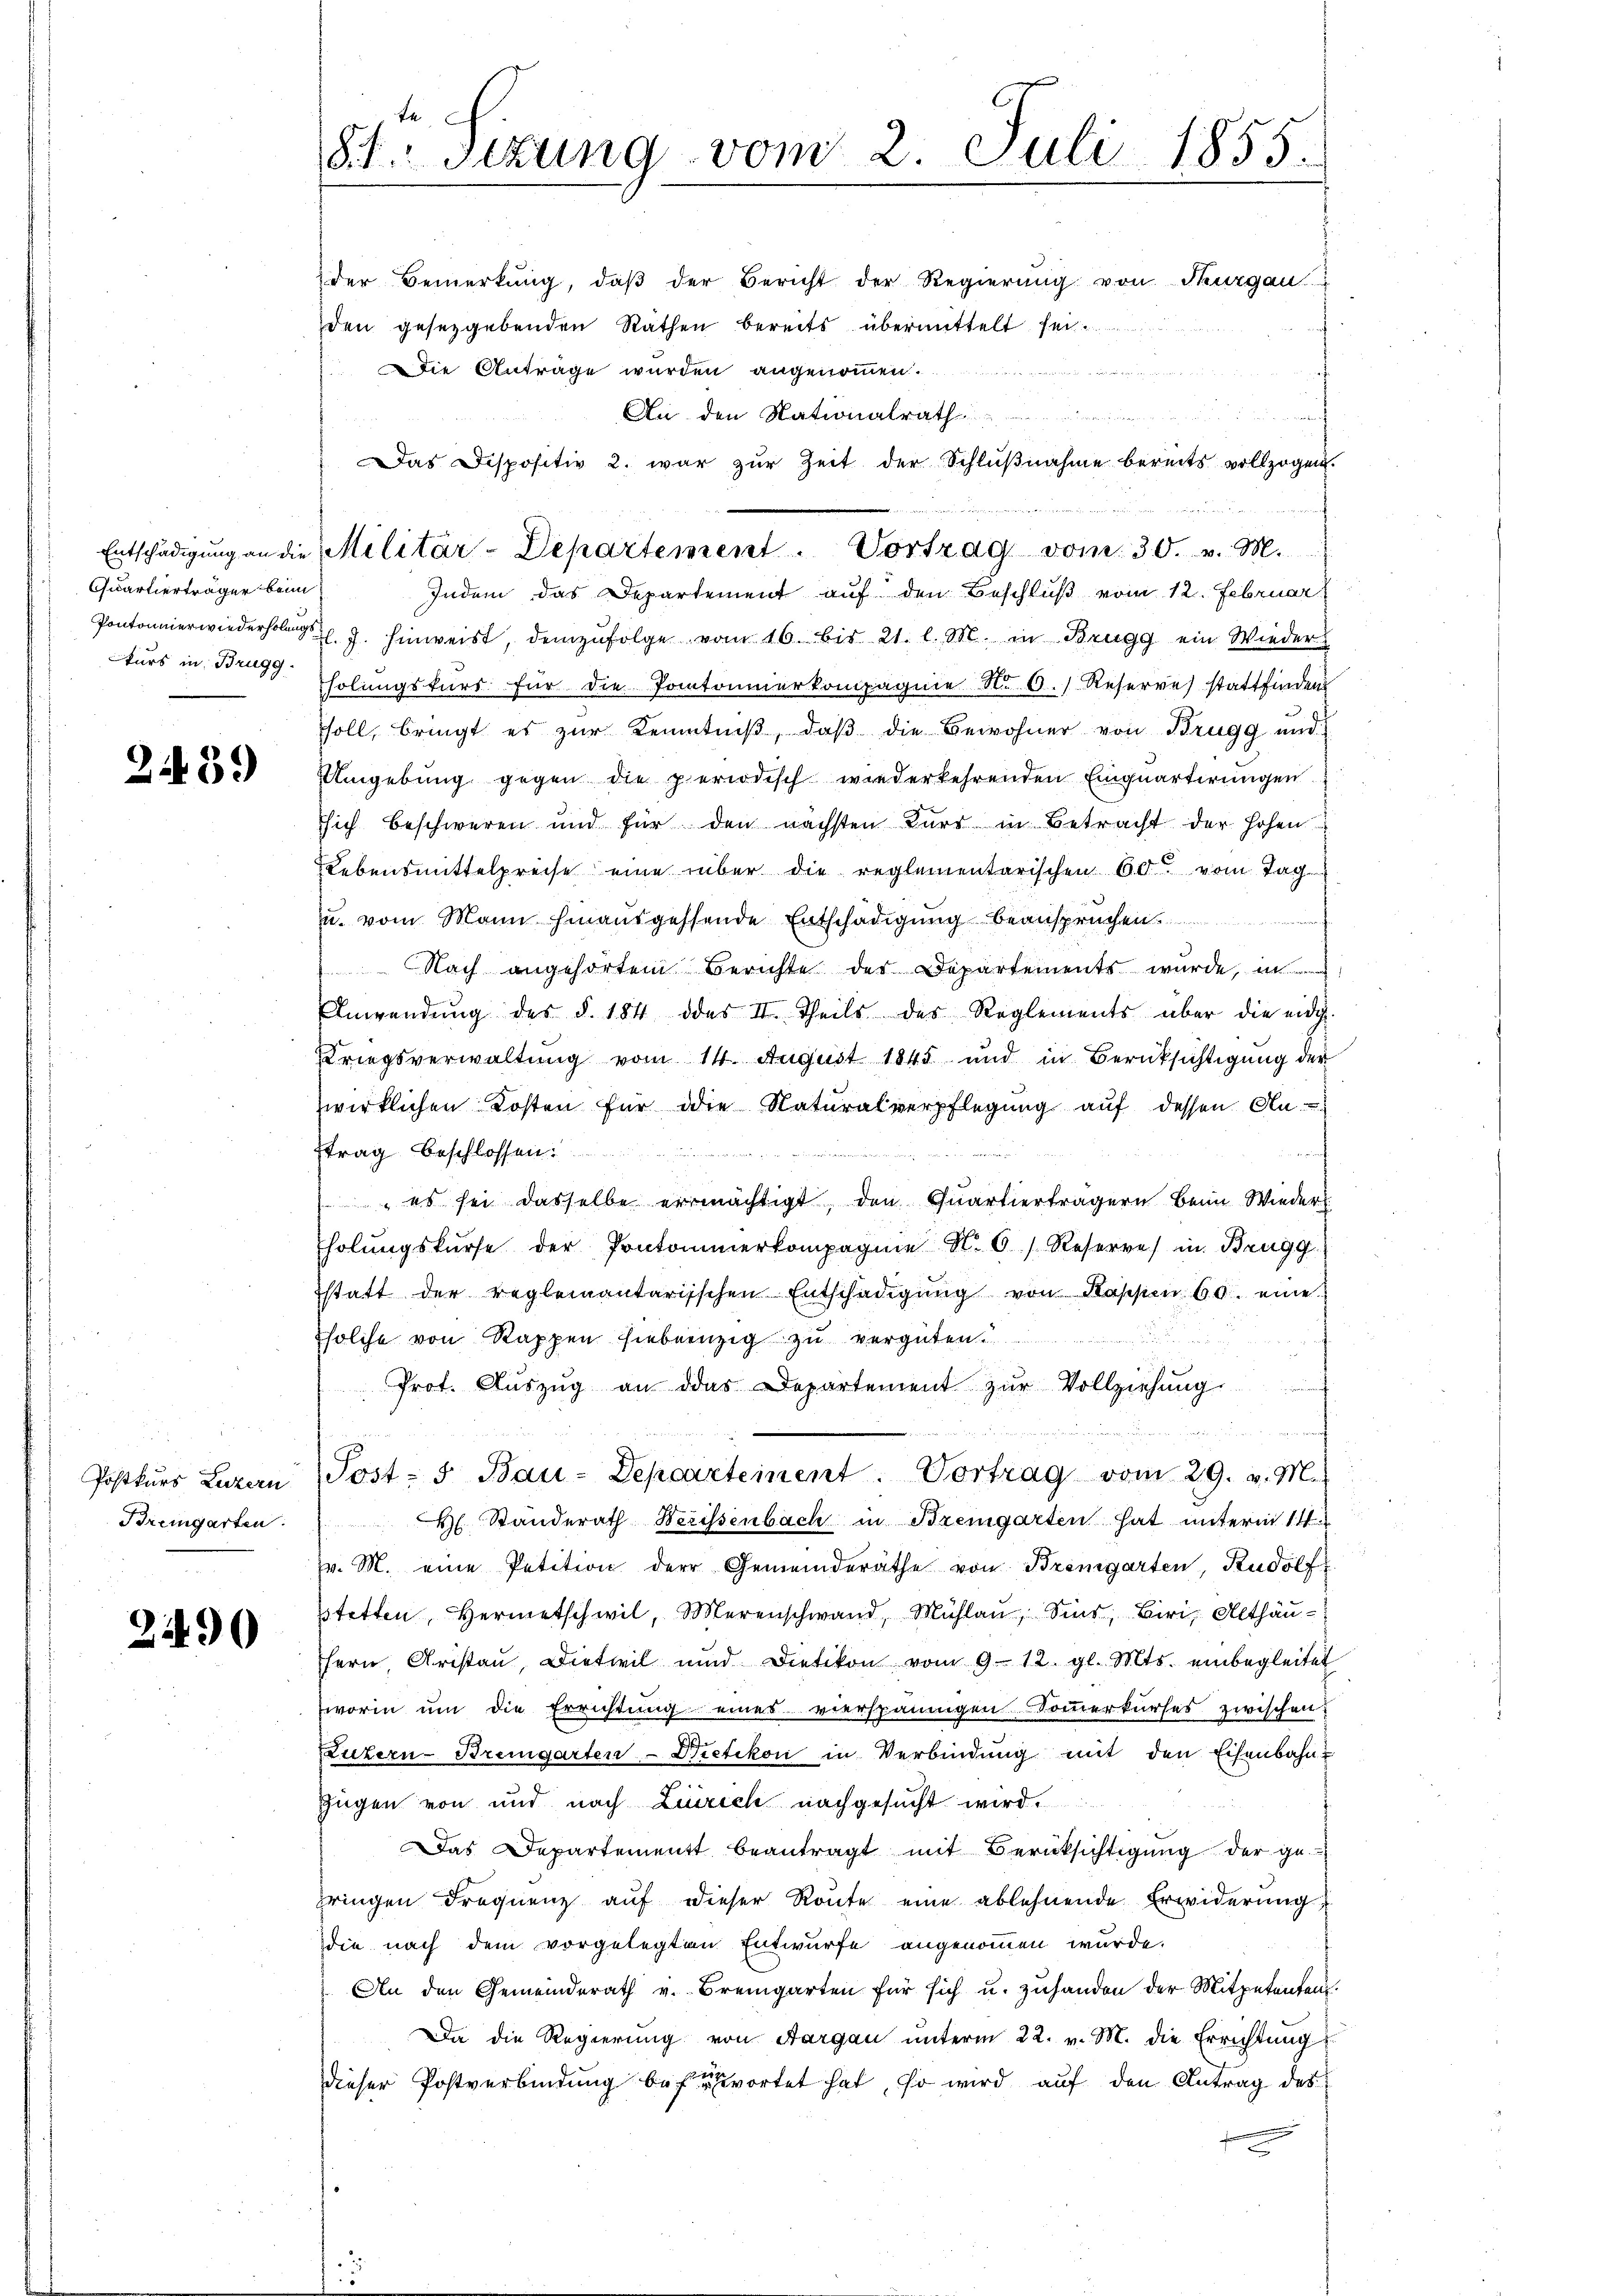
Quartierträger beim
kurs in Brugg.

2439)

Postkurs Luzern
Bremgarten:

2490

te
St.- Sizung vom 2. Juli 1855.
der Bemerkung, daβ der Bericht der Regierung von Thurgau

den gesetzgebenden Räthen bereits übermittelt sei.
Die Anträge wurden angenommen.

An den Nationalrath
Das Dispositiv 2. war zur Zeit der Schlußnahme bereits vollzogen.
Indem das Departement auf den Beschluß vom 12. Februar
Pontonnierwiederholer J. hinweist, demzufolge vom 16. bis 21. l. M. in Brugg ein Wieder
holŭngskŭrs für die Potonierkompagnie N. O. Reserve stattfinden
soll, bringt es zur Kenntniß, daß die Bewohner von Brugg und
Umgebung gegen die periodisch wiederkehrenden Einquartirungen
sich beschweren und für den nächsten Bŭrr in Betracht der hohen
Lebensmittelpreise eine über die reglementarischen 60 vom Tag
u. vom Mann hinausgehende Entschädigung beanspruchen.
 Nach angehörten Berichte des Departements wŭrde, in
Anwendŭng des §. 184 des II. Theils des Reglements über die eidg.
Kriegsverwaltung vom 14. August 1845 und in Berücksichtigung der
zwirklichen Kosten für die Naturalverpflegung auf dessen An-
trag beschlossen:
e
 es sei dasselbe ermächtigt, den Quartierträgern beim Wieder
holŭngskurse der Pontomierkompagnie N. 6) Reserve in Brugg
statt der reglementarisschen Entschädigŭng von Kassen 60. eine
solche von Kappen siebenzig zu vergüten.
Prot. Aŭszŭg an das Departement zŭr Vollziehŭng
n
Post- u Bau-Departement. Vortrag vom 29. v. M.
Hl. Standerath Werissenbach in Bremgarten hat unterm 14.
v. M. eine Petition der Gemeinderäthe von Bremgarten, Rudolf
stetten, Hermetschwil, Marenschwand, Mühlaŭ, Sinn, Biri, Althäu-
fern, Cristaŭ, Dietwil und Dietikon vom 9. 12. gl. Mts. einbegleitet
worin um die Errichtung eines vierspännigen Sommerkurses zwischen
Sutern-Bremgarten- Dietikon in Verbindung mit den Eisenbahn-
Zügen von und nach Zürich nachgesucht wird.
Das Departement beantragt mit Berücksichtigŭng der ge-
pringen Frequenz aŭf dieser Ronte eine ablehnende Erwiderŭng,
die nach dem vorgelegten Entwurfe angenommen wurde.
An den Gemeinderath v. Bremgarten für sich u. zuhanden der Mitpetenten.
Da die Regierŭng von Aargau ŭnterm 22. v. M. die Errichtung
Dieser Postverbindung befürwortet hat, so wird auf den Antrag des

Entschädigŭng an die Militär-Departement Vortrag vom 30. v. M.